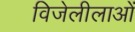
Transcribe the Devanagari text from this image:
विजेलीलाओं